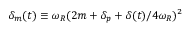
{ \delta _ { m } ( t ) \equiv \omega _ { R } ( 2 m + \delta _ { p } + \delta ( t ) / 4 \omega _ { R } ) ^ { 2 } }